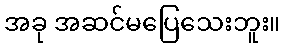
အခု အဆင်မပြေသေးဘူး။